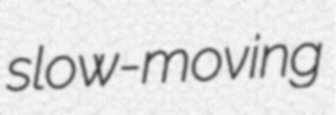
slow-moving